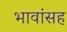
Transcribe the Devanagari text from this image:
भावांसह